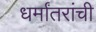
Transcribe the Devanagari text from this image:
धर्मांतरांची